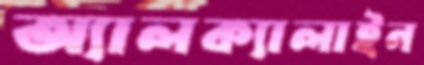
অ্যালক্যালাইন